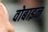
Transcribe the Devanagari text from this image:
वोबाइन